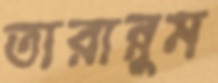
তারান্নুম